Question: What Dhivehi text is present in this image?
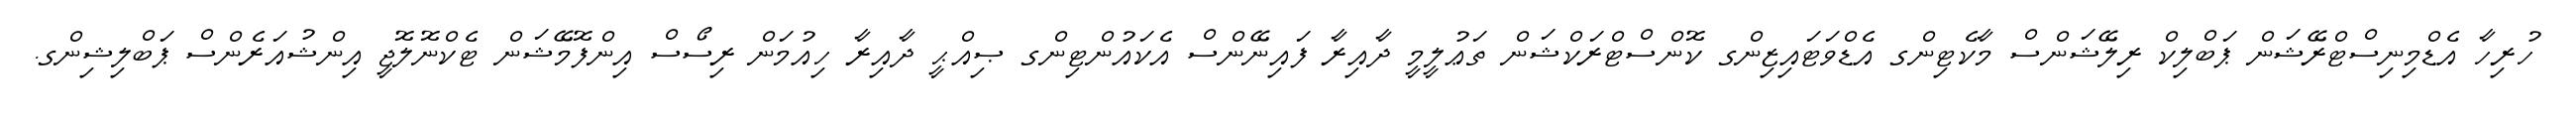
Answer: ހުރިހާ އެޑްމިނިސްޓްރޭޝަން ޕަބްލިކް ރިލޭޝަންސް މާކެޓިންގ އެޑްވަޓައިޒިންގ ކޮންސްޓްރަކްޝަން ތަޢުލީމީ ދާއިރާ ފައިނޭންސް އެކައުންޓިންގ ޞިއްޙީ ދާއިރާ ހިއުމަން ރިސޯސް އިންފޮމޭޝަން ޓެކްނޮލޮޖީ އިންޝުއަރެންސް ޕަބްލިޝިންގ.